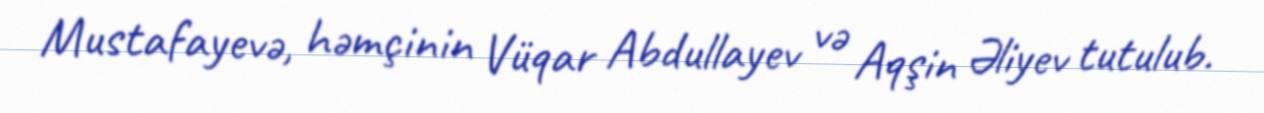
Mustafayevə, həmçinin Vüqar Abdullayev və Aqşin Əliyev tutulub.